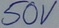
Text: 50V